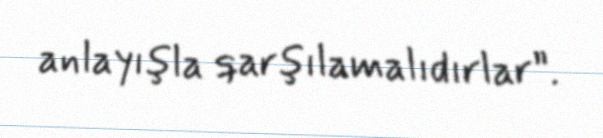
anlayışla qarşılamalıdırlar”.